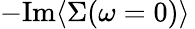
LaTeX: -\mathrm{Im}\langle\Sigma(\omega=0)\rangle\,